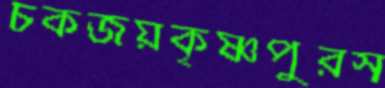
চকজয়কৃষ্ণপুরস